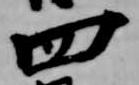
四